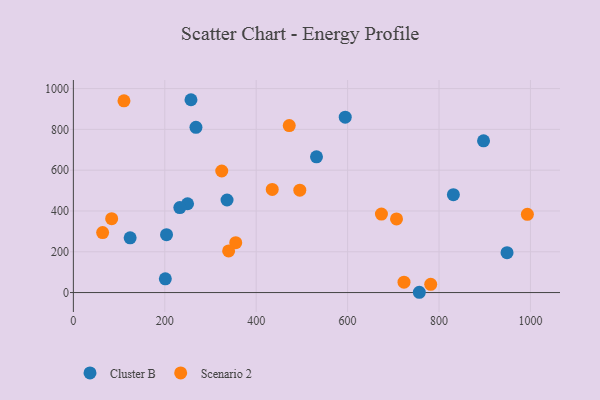
{"axis": {"x": "Ad Spend", "y": "Rating"}, "legend": ["Cluster B", "Scenario 2"], "data": [{"x": "336.2", "y": 453.9, "type": "Cluster B"}, {"x": "756.9", "y": 1.4, "type": "Cluster B"}, {"x": "203.8", "y": 283.8, "type": "Cluster B"}, {"x": "831.4", "y": 479.8, "type": "Cluster B"}, {"x": "249.8", "y": 435.4, "type": "Cluster B"}, {"x": "594.8", "y": 859.7, "type": "Cluster B"}, {"x": "232.9", "y": 416.8, "type": "Cluster B"}, {"x": "124.2", "y": 268.3, "type": "Cluster B"}, {"x": "201.2", "y": 67.4, "type": "Cluster B"}, {"x": "268.2", "y": 810.2, "type": "Cluster B"}, {"x": "531.9", "y": 665.5, "type": "Cluster B"}, {"x": "948.8", "y": 195.4, "type": "Cluster B"}, {"x": "257.3", "y": 945.4, "type": "Cluster B"}, {"x": "897.4", "y": 744.0, "type": "Cluster B"}, {"x": "707.0", "y": 361.1, "type": "Scenario 2"}, {"x": "83.8", "y": 362.0, "type": "Scenario 2"}, {"x": "472.3", "y": 818.7, "type": "Scenario 2"}, {"x": "355.2", "y": 244.8, "type": "Scenario 2"}, {"x": "993.3", "y": 383.8, "type": "Scenario 2"}, {"x": "723.4", "y": 50.8, "type": "Scenario 2"}, {"x": "674.0", "y": 384.6, "type": "Scenario 2"}, {"x": "110.7", "y": 940.1, "type": "Scenario 2"}, {"x": "435.1", "y": 505.8, "type": "Scenario 2"}, {"x": "339.7", "y": 204.2, "type": "Scenario 2"}, {"x": "324.6", "y": 596.0, "type": "Scenario 2"}, {"x": "495.4", "y": 501.8, "type": "Scenario 2"}, {"x": "64.0", "y": 293.9, "type": "Scenario 2"}, {"x": "781.8", "y": 40.4, "type": "Scenario 2"}]}